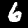
Digit: 6